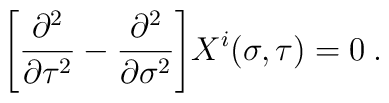
\Biggl[   \frac{\partial^2}{\partial \tau^2}-\frac{\partial^2}{\partial \sigma^2} \Biggr]X^i (\sigma,\tau) = 0 \>.